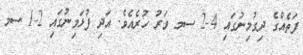
ފަތެއްގެ ދިގުމިނުގައި 4-2 ސމ ވަރު ހުރެއެވެ. އަދި ފުޅަމިނުގައި 2-1 ސމ